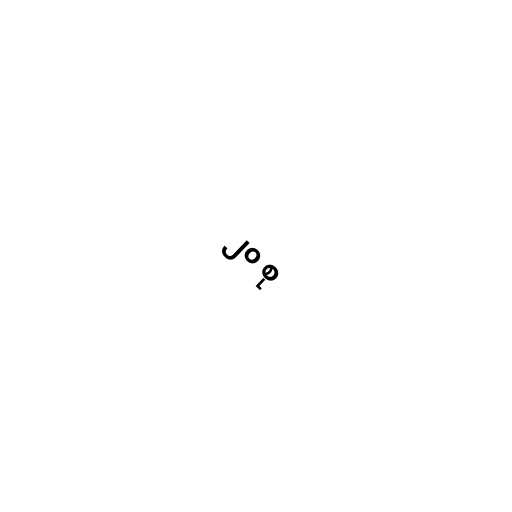
၂၀ စု